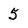
Character: 5